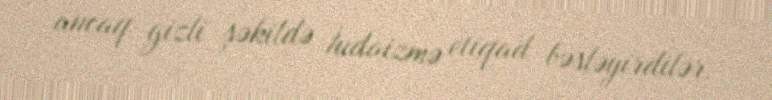
ancaq gizli şəkildə İudaizmə etiqad bəsləyirdilər.